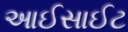
આઈસાઈટ